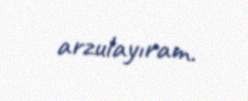
arzulayıram.